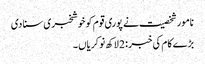
نامور شخصیت نے پوری قوم کو خوشخبری سنا دی
بڑے کام کی خبر : 2 لاکھ نوکریاں ۔